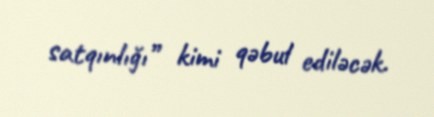
satqınlığı” kimi qəbul ediləcək.